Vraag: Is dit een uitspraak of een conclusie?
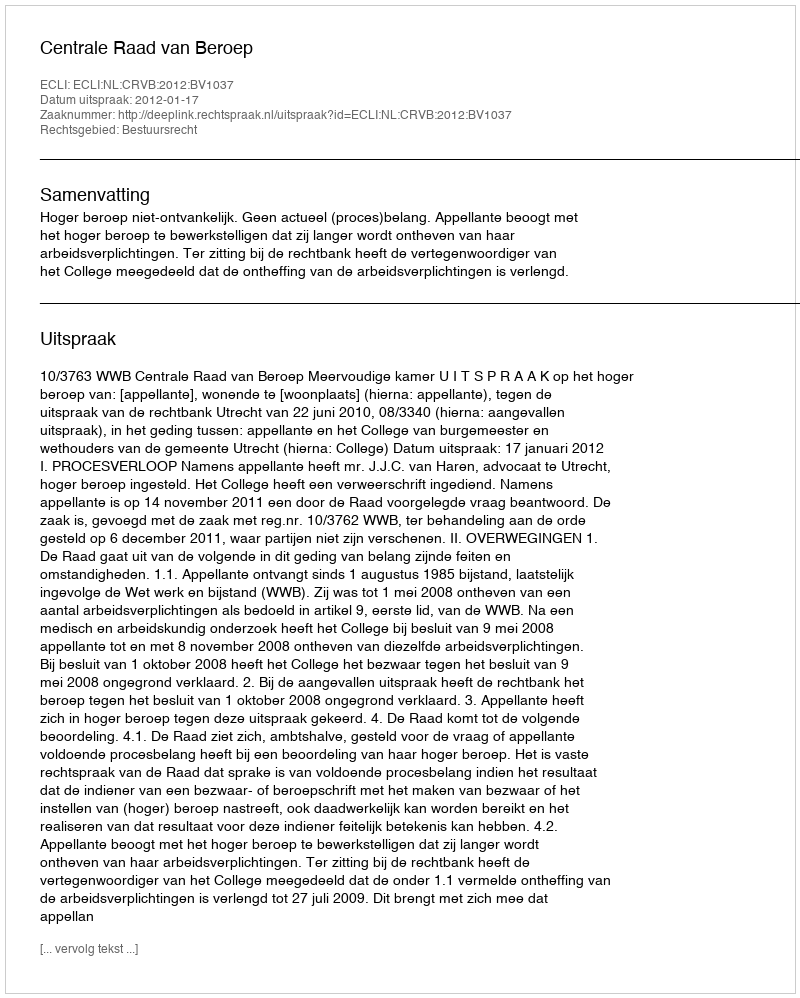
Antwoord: Uitspraak